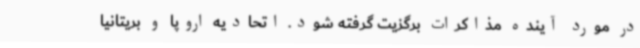
در مورد آینده مذاکرات برگزیت گرفته شود. اتحادیه اروپا و بریتانیا